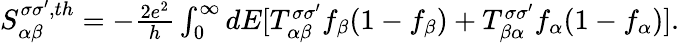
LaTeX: \begin{array}{r}{{S_{\alpha\beta}^{\sigma\sigma^{\prime},th}}=-\frac{2e^{2}}{h}\int_{0}^{\infty}dE[T_{\alpha\beta}^{\sigma\sigma^{\prime}}f_{\beta}(1-f_{\beta})+T_{\beta\alpha}^{\sigma\sigma^{\prime}}f_{\alpha}(1-f_{\alpha})].}\end{array}